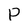
Character: p